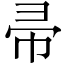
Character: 帚